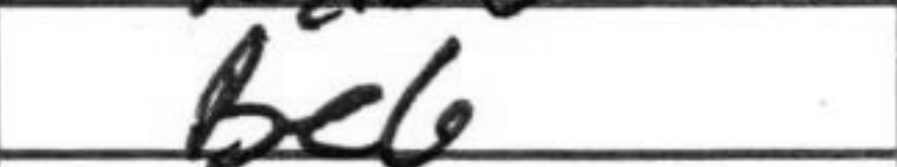
Transcription: Be6